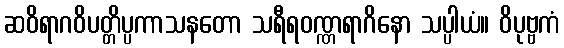
ဆဝိရာဂဝိပတ္တိပ္ပကာသနတော သရီရဝဏ္ဏရာဂိနော သပ္ပါယံ။ ဝိပုဗ္ဗကံ